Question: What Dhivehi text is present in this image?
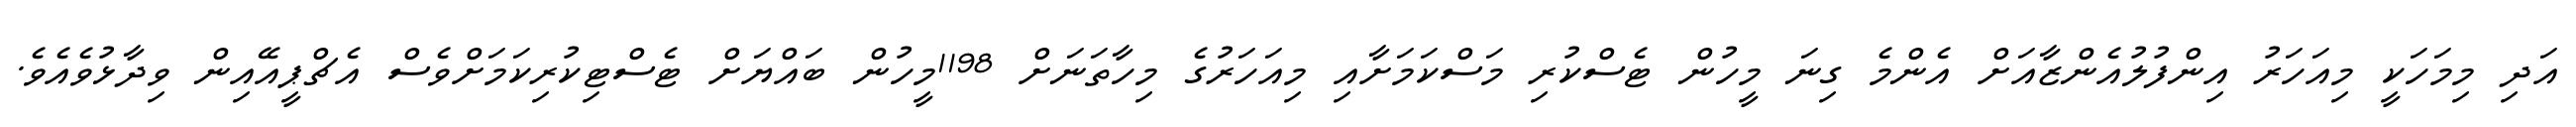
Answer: އަދި މިމަހަކީ މިއަހަރު އިންފުލުއެންޒާއަށް އެންމެ ގިނަ މީހުން ޓެސްކުރި މަސްކަމަށާއި މިއަހަރުގެ މިހާތަނަށް 1198މީހުން ބައްޔަށް ޓެސްޓިކުރިކަމަށްވެސް އެޗްޕީއޭއިން ވިދާޅުވެއެވެ.